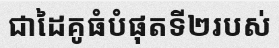
ជាដៃគូធំបំផុតទី២របស់